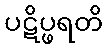
ပဋိပ္ဖရတိ